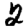
Digit: 2